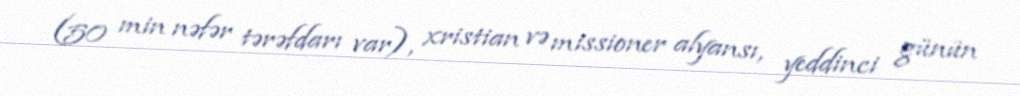
(50 min nəfər tərəfdarı var), xristian və missioner alyansı, yeddinci günün